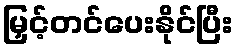
မြှင့်တင်ပေးနိုင်ပြီး